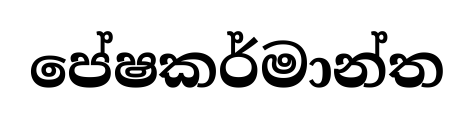
පේෂකර්මාන්ත